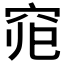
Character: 𱶴